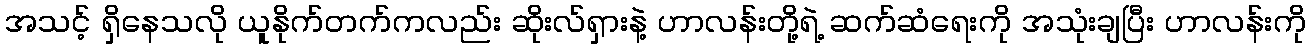
အသင့် ရှိနေသလို ယူနိုက်တက်ကလည်း ဆိုးလ်ရှားနဲ့ ဟာလန်းတို့ရဲ့ ဆက်ဆံရေးကို အသုံးချပြီး ဟာလန်းကို